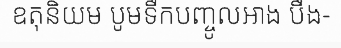
ឧតុនិយម បូមទឹកបញ្ចូលអាង បឹង-